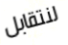
لنتقابل